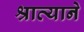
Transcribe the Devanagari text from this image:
श्राव्याने